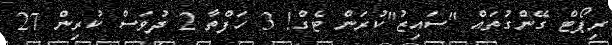
ރިޕޯޓް ގޭންގުތައް "ސައިޒު"ކުރަން ޓެގް! 3 ހަފްތާ 2 ދުވަސް ކުރިން 27